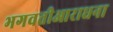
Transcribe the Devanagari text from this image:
भगवतीआराधना